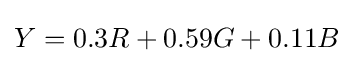
Y=0.3R+0.59G+0.11B